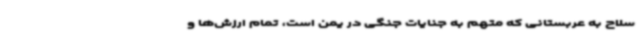
سلاح به عربستانی که متهم به جنایات جنگی در یمن است، تمام ارزش‌ها و